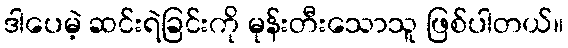
ဒါပေမဲ့ ဆင်းရဲခြင်းကို မုန်းတီးသောသူ ဖြစ်ပါတယ်။